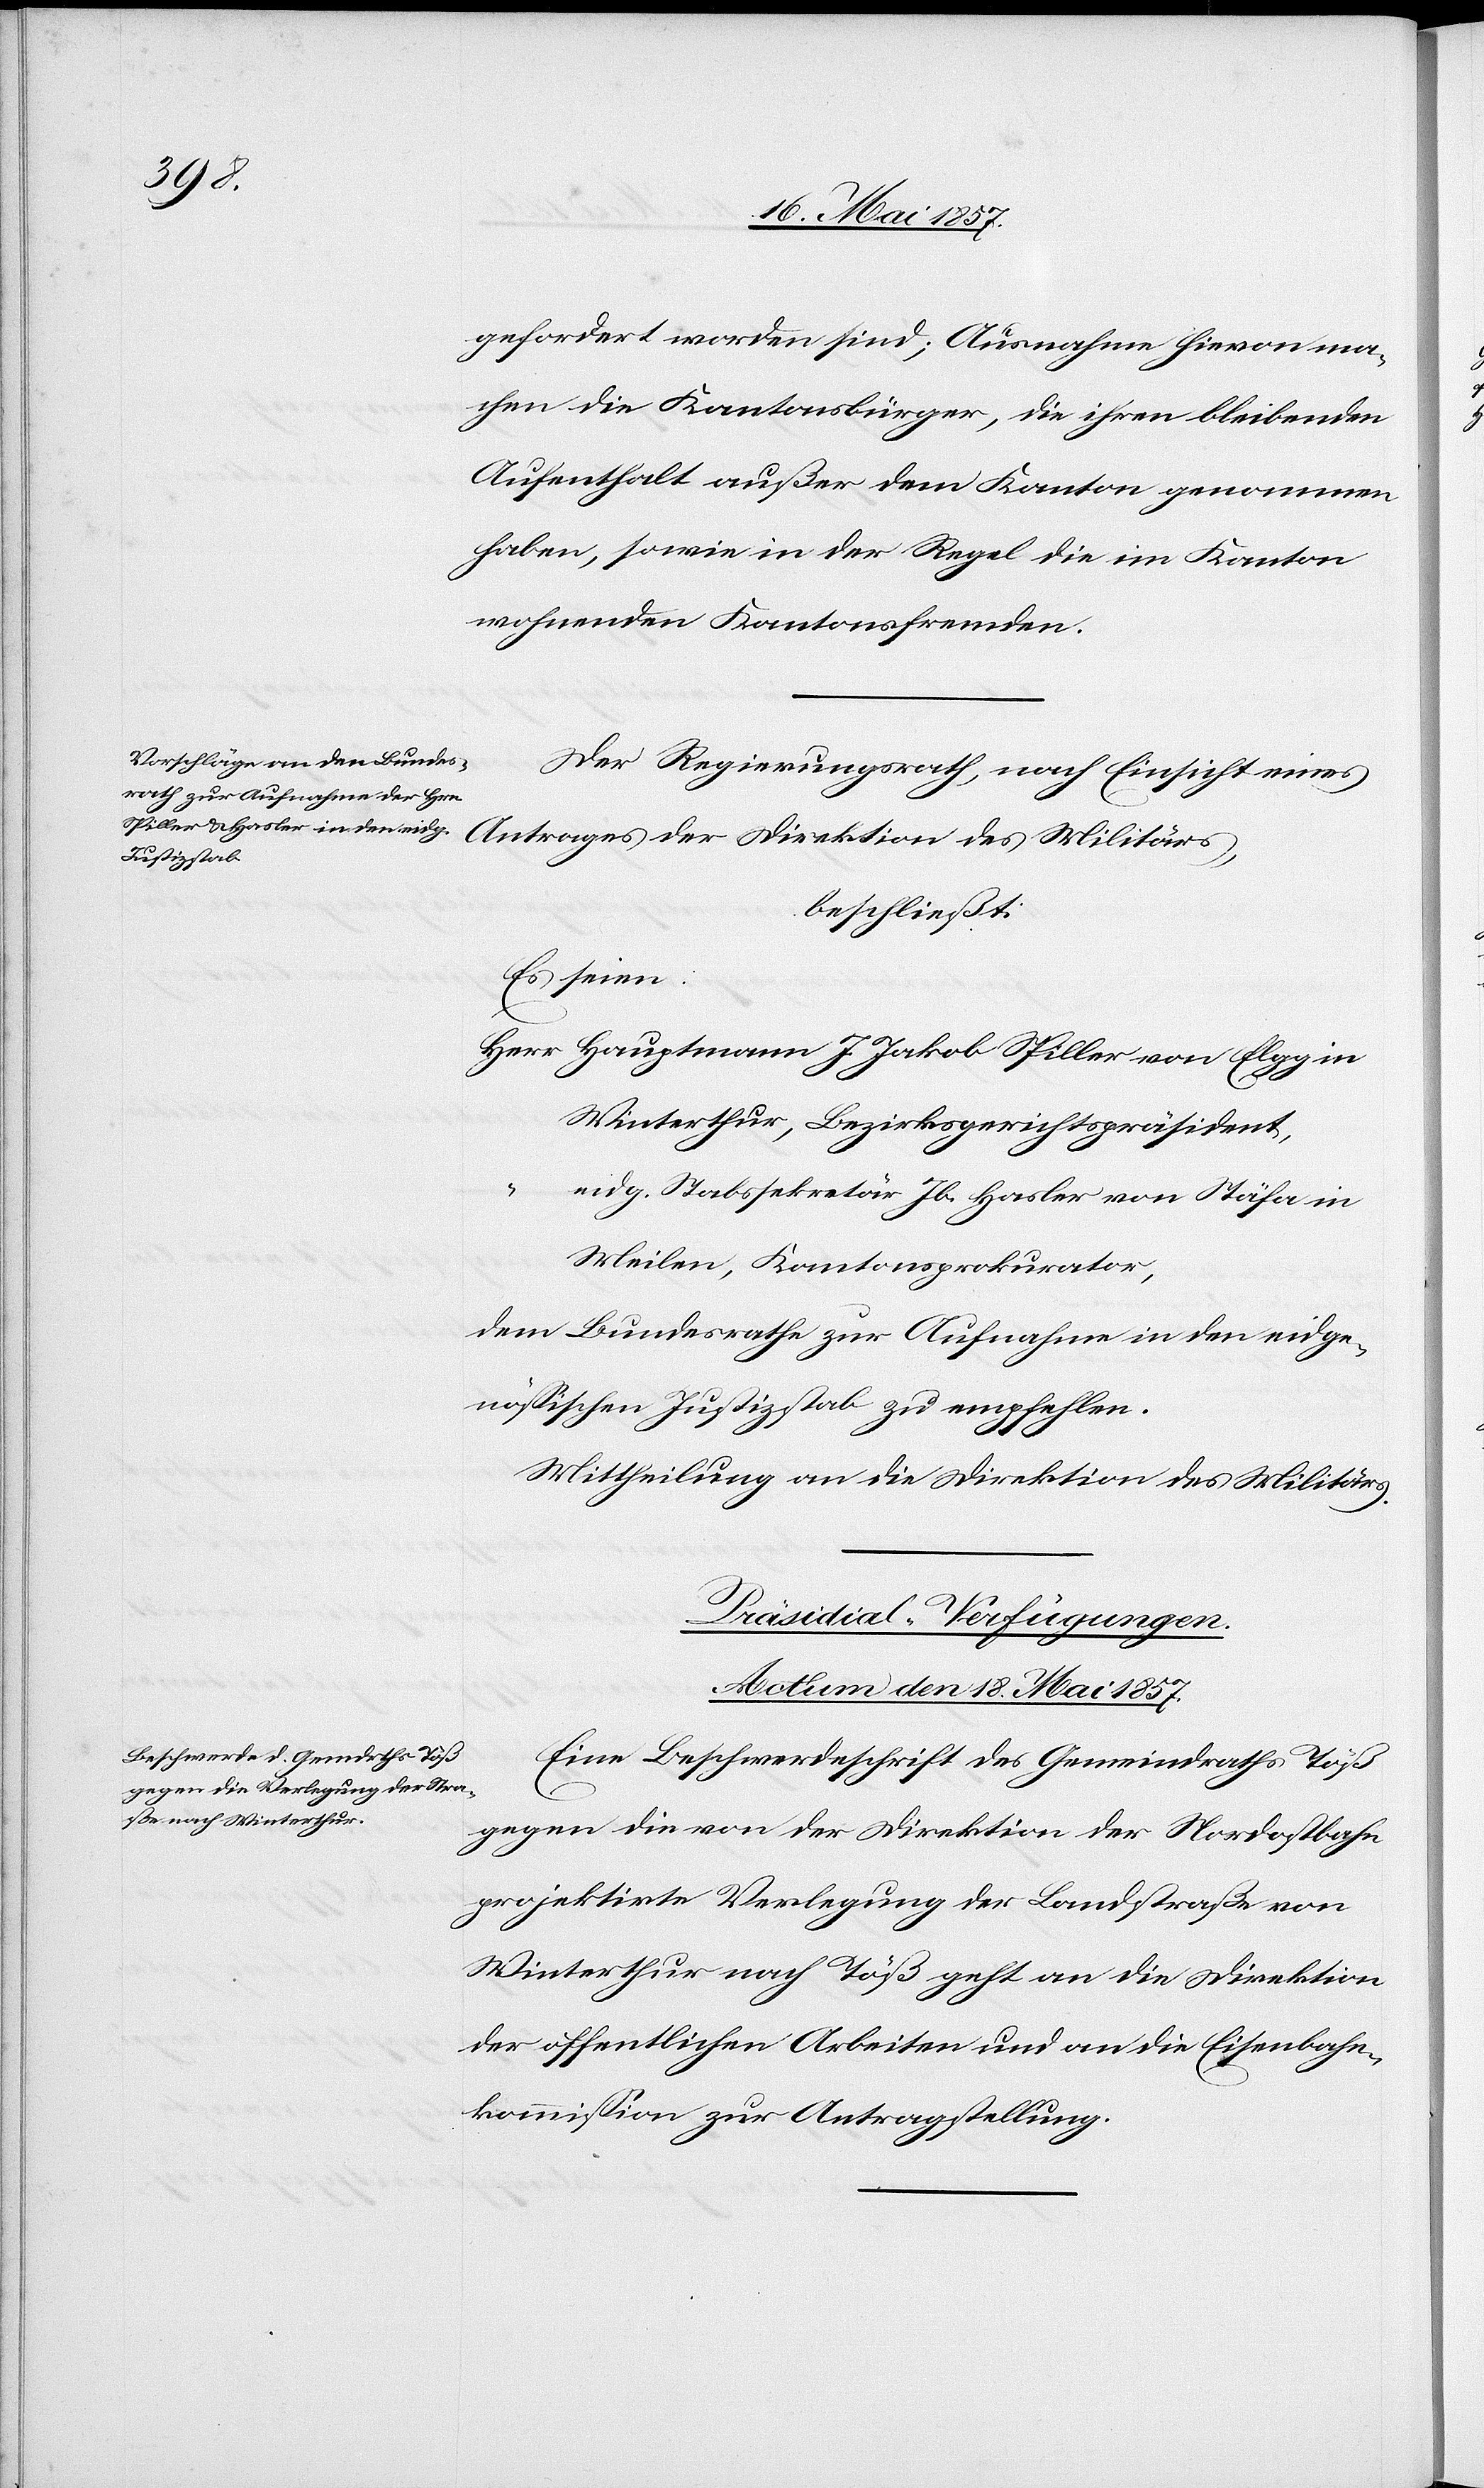
gefordert worden sind; Ausnahme hievon ma¬
chen die Kantonsbürger, die ihren bleibenden
Aufenthalt außer dem Kanton genommen
haben, sowie in der Regel die im Kanton
wohnenden Kantonsfremden.
Der Regierungsrath, nach Einsicht eines
beschließt:
Es seien:
Herr Hauptmann J. Jakob Spiller von Elgg in
Winterthur, Bezirksgerichtspräsident,
“ eidg. Stabssekretär Jb. Hasler von Stäfa in
Meilen, Kantonsprokurator,
dem Bundesrathe zur Aufnahme in den eidge¬
nössischen Justizstab zu empfehlen.
Mittheilung an die Direktion des Militärs.
Präsidial-Verfügungen.
Actum den 18 Mai 1857.
Eine Beschwerdeschrift des Gemeindraths Töß
gegen die von der Direktion der Nordostbahn
projektirte Verlegung der Landstraße von
Winterthur nach Töß geht an die Direktion
der öffentlichen Arbeiten und an die Eisenbahn¬
kommission zur Antragstellung.